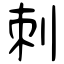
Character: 刺